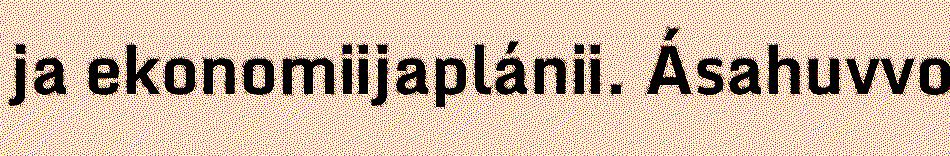
ja ekonomiijaplánii. Ásahuvvo